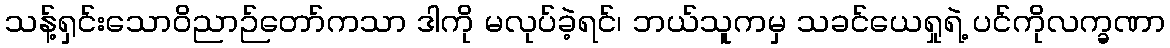
သန့်ရှင်းသောဝိညာဉ်တော်ကသာ ဒါကို မလုပ်ခဲ့ရင်၊ ဘယ်သူကမှ သခင်ယေရှုရဲ့ ပင်ကိုလက္ခဏာ